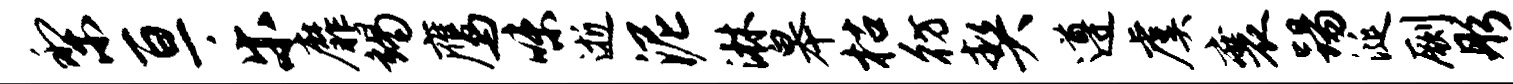
梨亘乐靡竭鹰味逝泥淋皋枯彷契遵虞襄踢涎劂彤